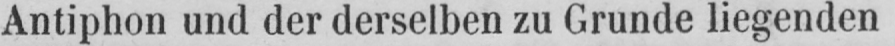
Antiphon und der derselben zu Grunde liegenden